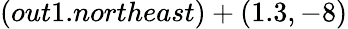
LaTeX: (out1.northeast)+(1.3,-8)